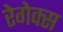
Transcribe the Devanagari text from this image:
रेगेक्स